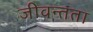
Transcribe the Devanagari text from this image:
जीवन्‍तता